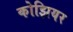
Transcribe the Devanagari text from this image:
कोझियर